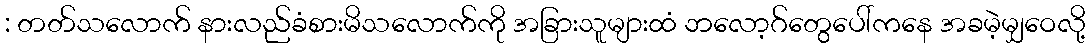
: တတ်သလောက် နားလည်ခံစားမိသလောက်ကို အခြားသူများထံ ဘလော့ဂ်တွေပေါ်ကနေ အခမဲ့မျှဝေလို့